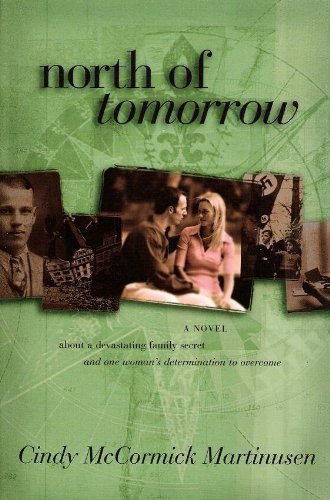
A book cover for North of Tomorrow (Winter Passing Trilogy #3); Cindy McCormick Martinusen; Crafts, Hobbies & Home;